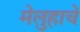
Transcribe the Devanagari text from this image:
मेलुहाचे